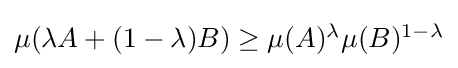
{\textstyle \mu (\lambda A+(1-\lambda )B)\geq \mu (A)^{\lambda }\mu (B)^{1-\lambda }}